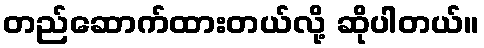
တည်ဆောက်ထားတယ်လို့ ဆိုပါတယ်။